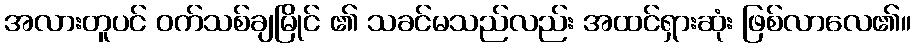
အလားတူပင် ဝက်သစ်ချမြိုင် ၏ သခင်မသည်လည်း အထင်ရှားဆုံး ဖြစ်လာလေ၏။